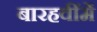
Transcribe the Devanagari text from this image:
बारहवींमें